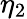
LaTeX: \eta_{2}